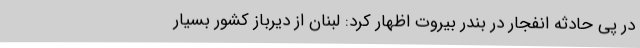
در پی حادثه انفجار در بندر بیروت اظهار کرد: لبنان از دیرباز کشور بسیار